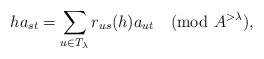
LaTeX: \begin{align*} ha_{st} =\sum_{u\in T_\lambda} r_{us}(h)a_{ut}\pmod {A^{>\lambda}}, \end{align*}